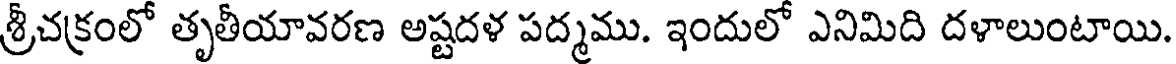
శ్రీచక్రంలో తృతీయావరణ అష్టదళ పద్మము. ఇందులో ఎనిమిది దళాలుంటాయి.